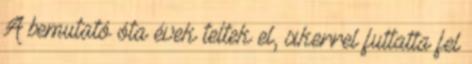
A bemutató óta évek teltek el, sikerrel futtatta fel